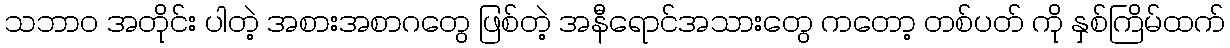
သဘာဝ အတိုင်း ပါတဲ့ အစားအစာဂတွေ ဖြစ်တဲ့ အနီရောင်အသားတွေ ကတော့ တစ်ပတ် ကို နှစ်ကြိမ်ထက်